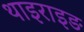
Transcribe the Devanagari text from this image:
थाइराइङ